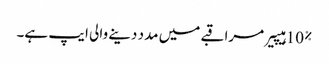
10% ہیپیر مراقبے میں مدد دینے والی ایپ ہے۔